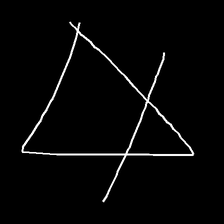
Glyph: empower